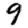
Digit: 9